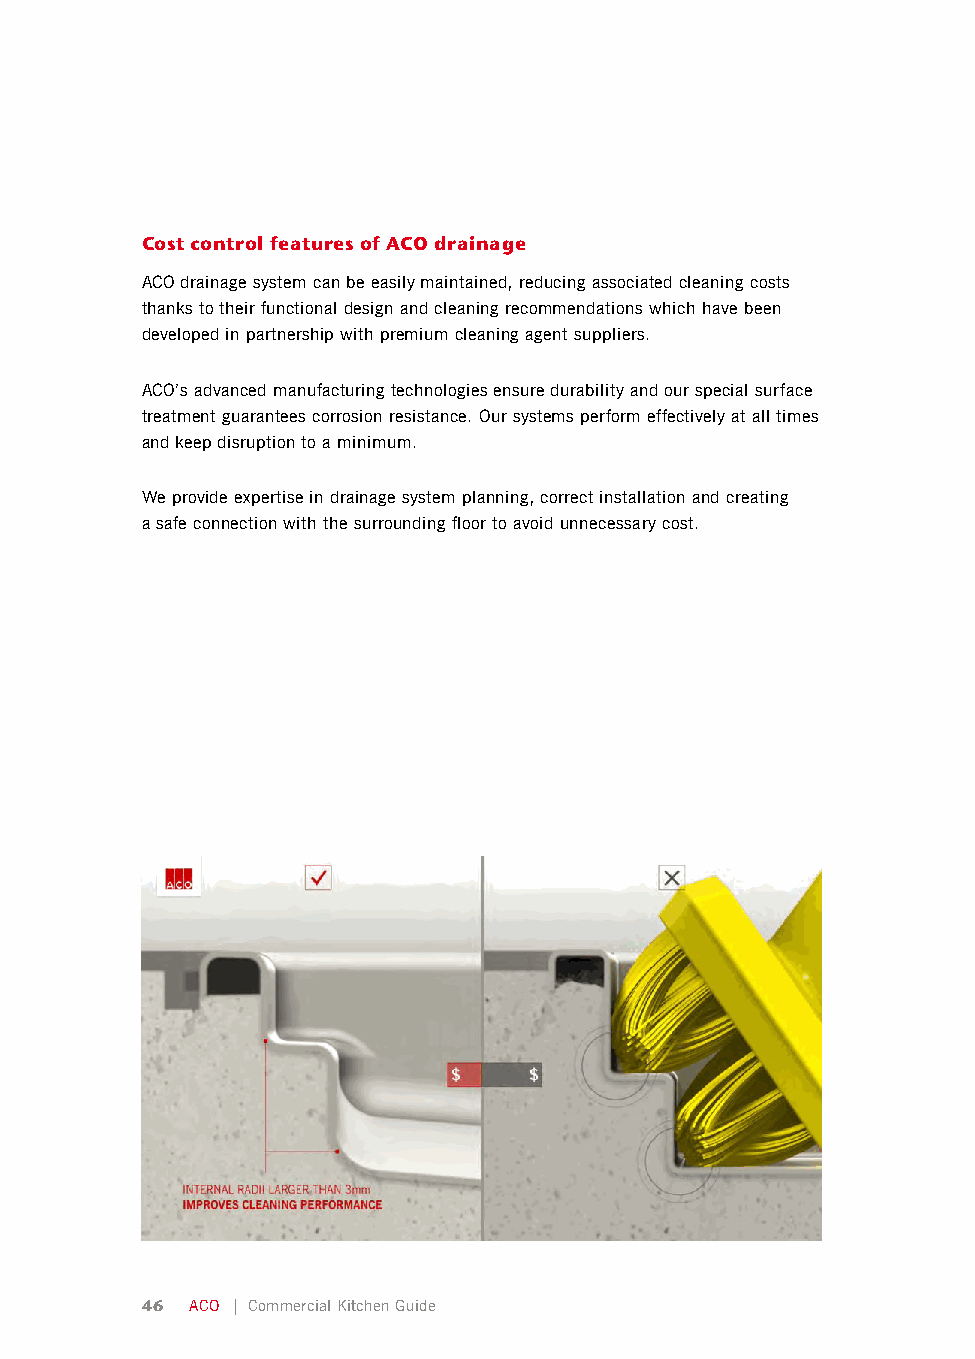
Cost control features of ACO drainage
 ACO drainage system can be easily maintained, reducing associated cleaning costs
 thanks to their functional design and cleaning recommendations which have been
 developed in partnership with premium cleaning agent suppliers.
 ACO’s advanced manufacturing technologies ensure durability and our special surface
 treatment guarantees corrosion resistance. Our systems perform effectively at all times
 and keep disruption to a minimum.
 We provide expertise in drainage system planning, correct installation and creating
 a safe connection with the surrounding floor to avoid unnecessary cost.
 46  ACO | Commercial Kitchen Guide